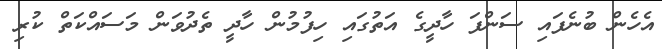
އެހެން ބުނެފައި ސަންފަ ހާދީގެ އަތުގައި ހިފުމުން ހާދީ ތެދުވަން މަސައްކަތް ކުރި